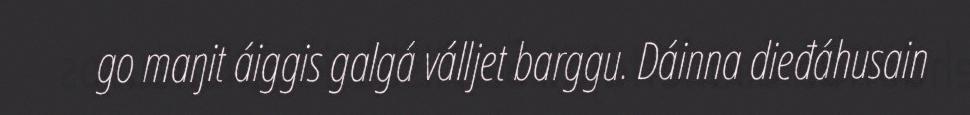
go maŋit áiggis galgá válljet barggu. Dáinna dieđáhusain